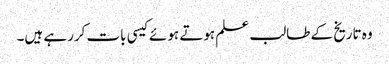
وہ تاریخ کے طالب علم ہوتے ہوئے کیسی بات کررہے ہیں۔